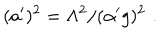
( a ^ { \prime } ) ^ { 2 } = \Lambda ^ { 2 } / ( { \alpha ^ { \prime } } g ) ^ { 2 } \, \, .